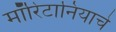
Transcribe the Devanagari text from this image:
मॉरिटानियाचे